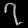
Digit: ၇